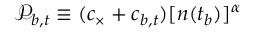
\mathcal { P } _ { b , t } \equiv ( c _ { \times } + c _ { b , t } ) [ n ( t _ { b } ) ] ^ { \alpha }